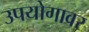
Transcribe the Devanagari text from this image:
उपयोगावर